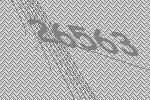
26563